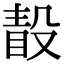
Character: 𣪭